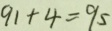
9 1 + 4 = 9 5